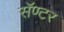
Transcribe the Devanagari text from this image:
सॅण्टर